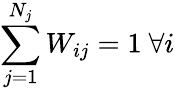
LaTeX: \sum_{j=1}^{N_{j}}W_{ij}=1\ \forall i